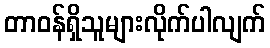
တာဝန်ရှိသူများလိုက်ပါလျက်